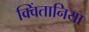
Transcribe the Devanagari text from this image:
क्विंतानिया